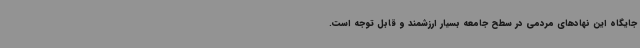
جایگاه این نهادهای مردمی در سطح جامعه بسیار ارزشمند و قابل توجه است.